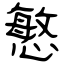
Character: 慜